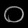
Digit: ၀